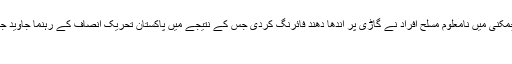
پولیس کے مطابق پشاور کے علاقے چمکنی میں نامعلوم مسلح افراد نے گاڑی پر اندھا دھند فائرنگ کردی جس کے نتیجے میں پاکستان تحریک انصاف کے رہنما جاوید جاں بحق ہوگئے جب کہ ملزمان فائرنگ
کے بعد فرار ہو گئے۔